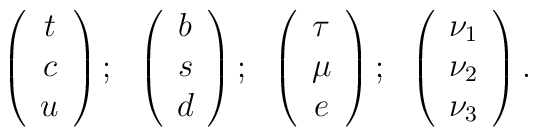
\left( \begin{array}{c} t \\ c \\ u \end{array} \right); \ \    \left( \begin{array}{c} b \\ s \\ d \end{array} \right); \ \    \left( \begin{array}{c} \tau \\ \mu \\ e \end{array} \right); \ \    \left( \begin{array}{c} \nu_1 \\ \nu_2 \\ \nu_3 \end{array} \right).